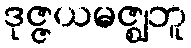
ဒုဇ္ဇယမဇ္ဈဘူ